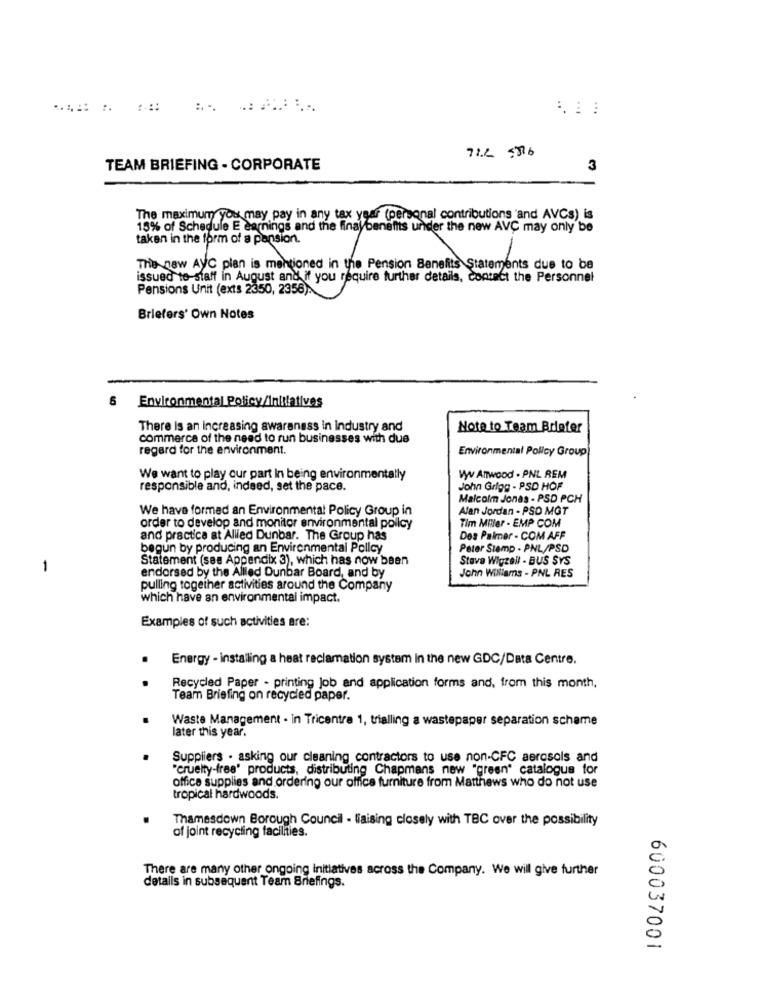
71.2 556
TEAM BRIEFING - CORPORATE
3
The maximumy you may pay in any tax year (personal contributions 'and AVCs) is
15% of Schedule E earnings and the final benefitis under the new AVC may only be
taken in the form of a pansion.
The new AVC plan is mentioned in the Pension Benefits Statements due to be
issued to-staff in August and if you require further details, contact the Personnel
Pensions Unit (exts 2350, 2356).
Briefers' Own Notes
6 Environmental Policy/Initiatives
There Is an Increasing awareness in industry and
Note to Team Briefer
commerce of the need to run businesses with dus
regard for the environment.
Environmental Policy Group
We want to play our part In being environmentally
Vy ATTwood . PNL REM
responsible and, indeed, set the pace.
John Grigg - PSD HOF
Malcolm Jonas - PSD PCH
We have formed an Environmental Policy Group in
Alan Jordan - PSD MGT
Tim Miller - EMP COM
order to develop and monitor environmental policy
and practice at Allied Dunbar. The Group has
Des Palmer - COM AFF
begun by producing an Environmental Policy
Peter Stamp . PNL/PSD
Statement (see Appendix 3), which has now been
Stave Wigzell - BUS SYS
-
endorsed by the Allled Dunbar Board, and by
John Williams - PNL RES
pulling together activities around the Company
which have an environmental impact.
Examples of such activities are:
.
Energy - installing a heat reclamation system In the new GDC/Data Centre.
Recycled Paper - printing Job and application forms and, from this month,
Team Briefing on recycled paper.
Waste Management - in Tricentra 1, trialling a wastepaper separation schame
later this year.
Suppliers . asking our cleaning contractors to use non-CFC aerosols and
"cruelty-free' products, distributing Chapmans new "green" catalogue for
office supplies and ordering our office furniture from Matthews who do not use
tropical hardwoods.
Thamesdown Borough Council - liaising closely with TBC over the possibility
of joint recycling facilities.
There are many other ongoing initiatives across the Company. We will give further
details in subsequent Team Briefings.
600037001